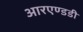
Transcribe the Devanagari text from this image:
आरएण्डडी